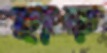
ছাড়